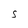
Character: S